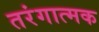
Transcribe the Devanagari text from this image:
तरंगात्मक